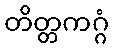
တိတ္တကဂ္ဂံ